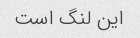
این لنگ است